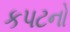
કપટનો